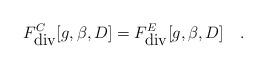
LaTeX: \begin{align*}F^C_{\mbox{div}}[g,\beta,D]=F^E_{\mbox{div}}[g,\beta,D]~~~.\end{align*}